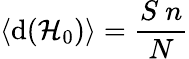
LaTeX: \langle\mathrm{d}(\mathcal{{H}}_{0})\rangle=\frac{{S~n}}{{N}}